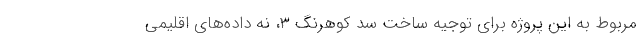
مربوط به این پروژه برای توجیه ساخت سد کوهرنگ ۳، نه داده‌های اقلیمی